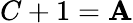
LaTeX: C+1=\mathbf{A}